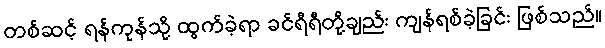
တစ်ဆင့် ရန်ကုန်သို့ ထွက်ခဲ့ရာ ခင်ရီရီတို့ချည်း ကျန်ရစ်ခဲ့ခြင်း ဖြစ်သည်။